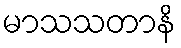
မာသသတာနိ